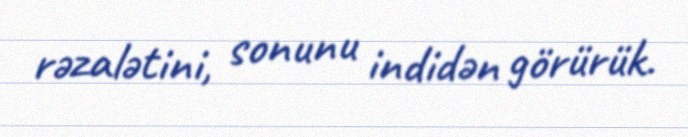
rəzalətini, sonunu indidən görürük.